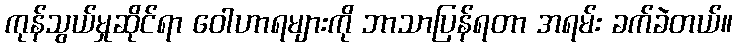
ကုန်သွယ်မှုဆိုင်ရာ ဝေါဟာရများကို ဘာသာပြန်ရတာ အရမ်း ခက်ခဲတယ်။